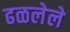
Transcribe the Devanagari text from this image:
ढळलेले